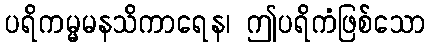
ပရိကမ္မမနသိကာရေန၊ ဤပရိကံဖြစ်သော